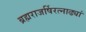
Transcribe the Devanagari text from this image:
ब्रह्मराजर्षिरत्नाढ्यां